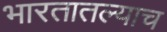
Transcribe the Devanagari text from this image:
भारतातल्याच